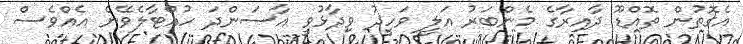
އެގޮތުން ތޮއްޑޫ ދާއިރާގެ މެންބަރު އަލީ ވަހީދު ވިދާޅުވީ އާސަންދަ ހުއްޓާލެވޭނެ އެއްވެސް